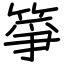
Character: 箏